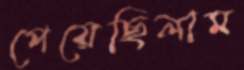
পেয়েছিলাম